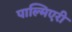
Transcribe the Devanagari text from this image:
पाल्मिएरी